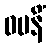
ဓမနိံ